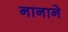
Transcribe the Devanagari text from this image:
नानाने